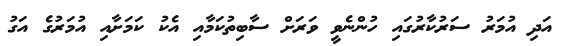
އަދި އުމަރު ސަރުކާރުގައި ހުންނެވީ ވަރަށް ސާބިތުކަމާއި އެކު ކަމަށާއި އުމަރުގެ އަގު